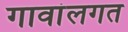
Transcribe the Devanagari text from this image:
गावांलगत